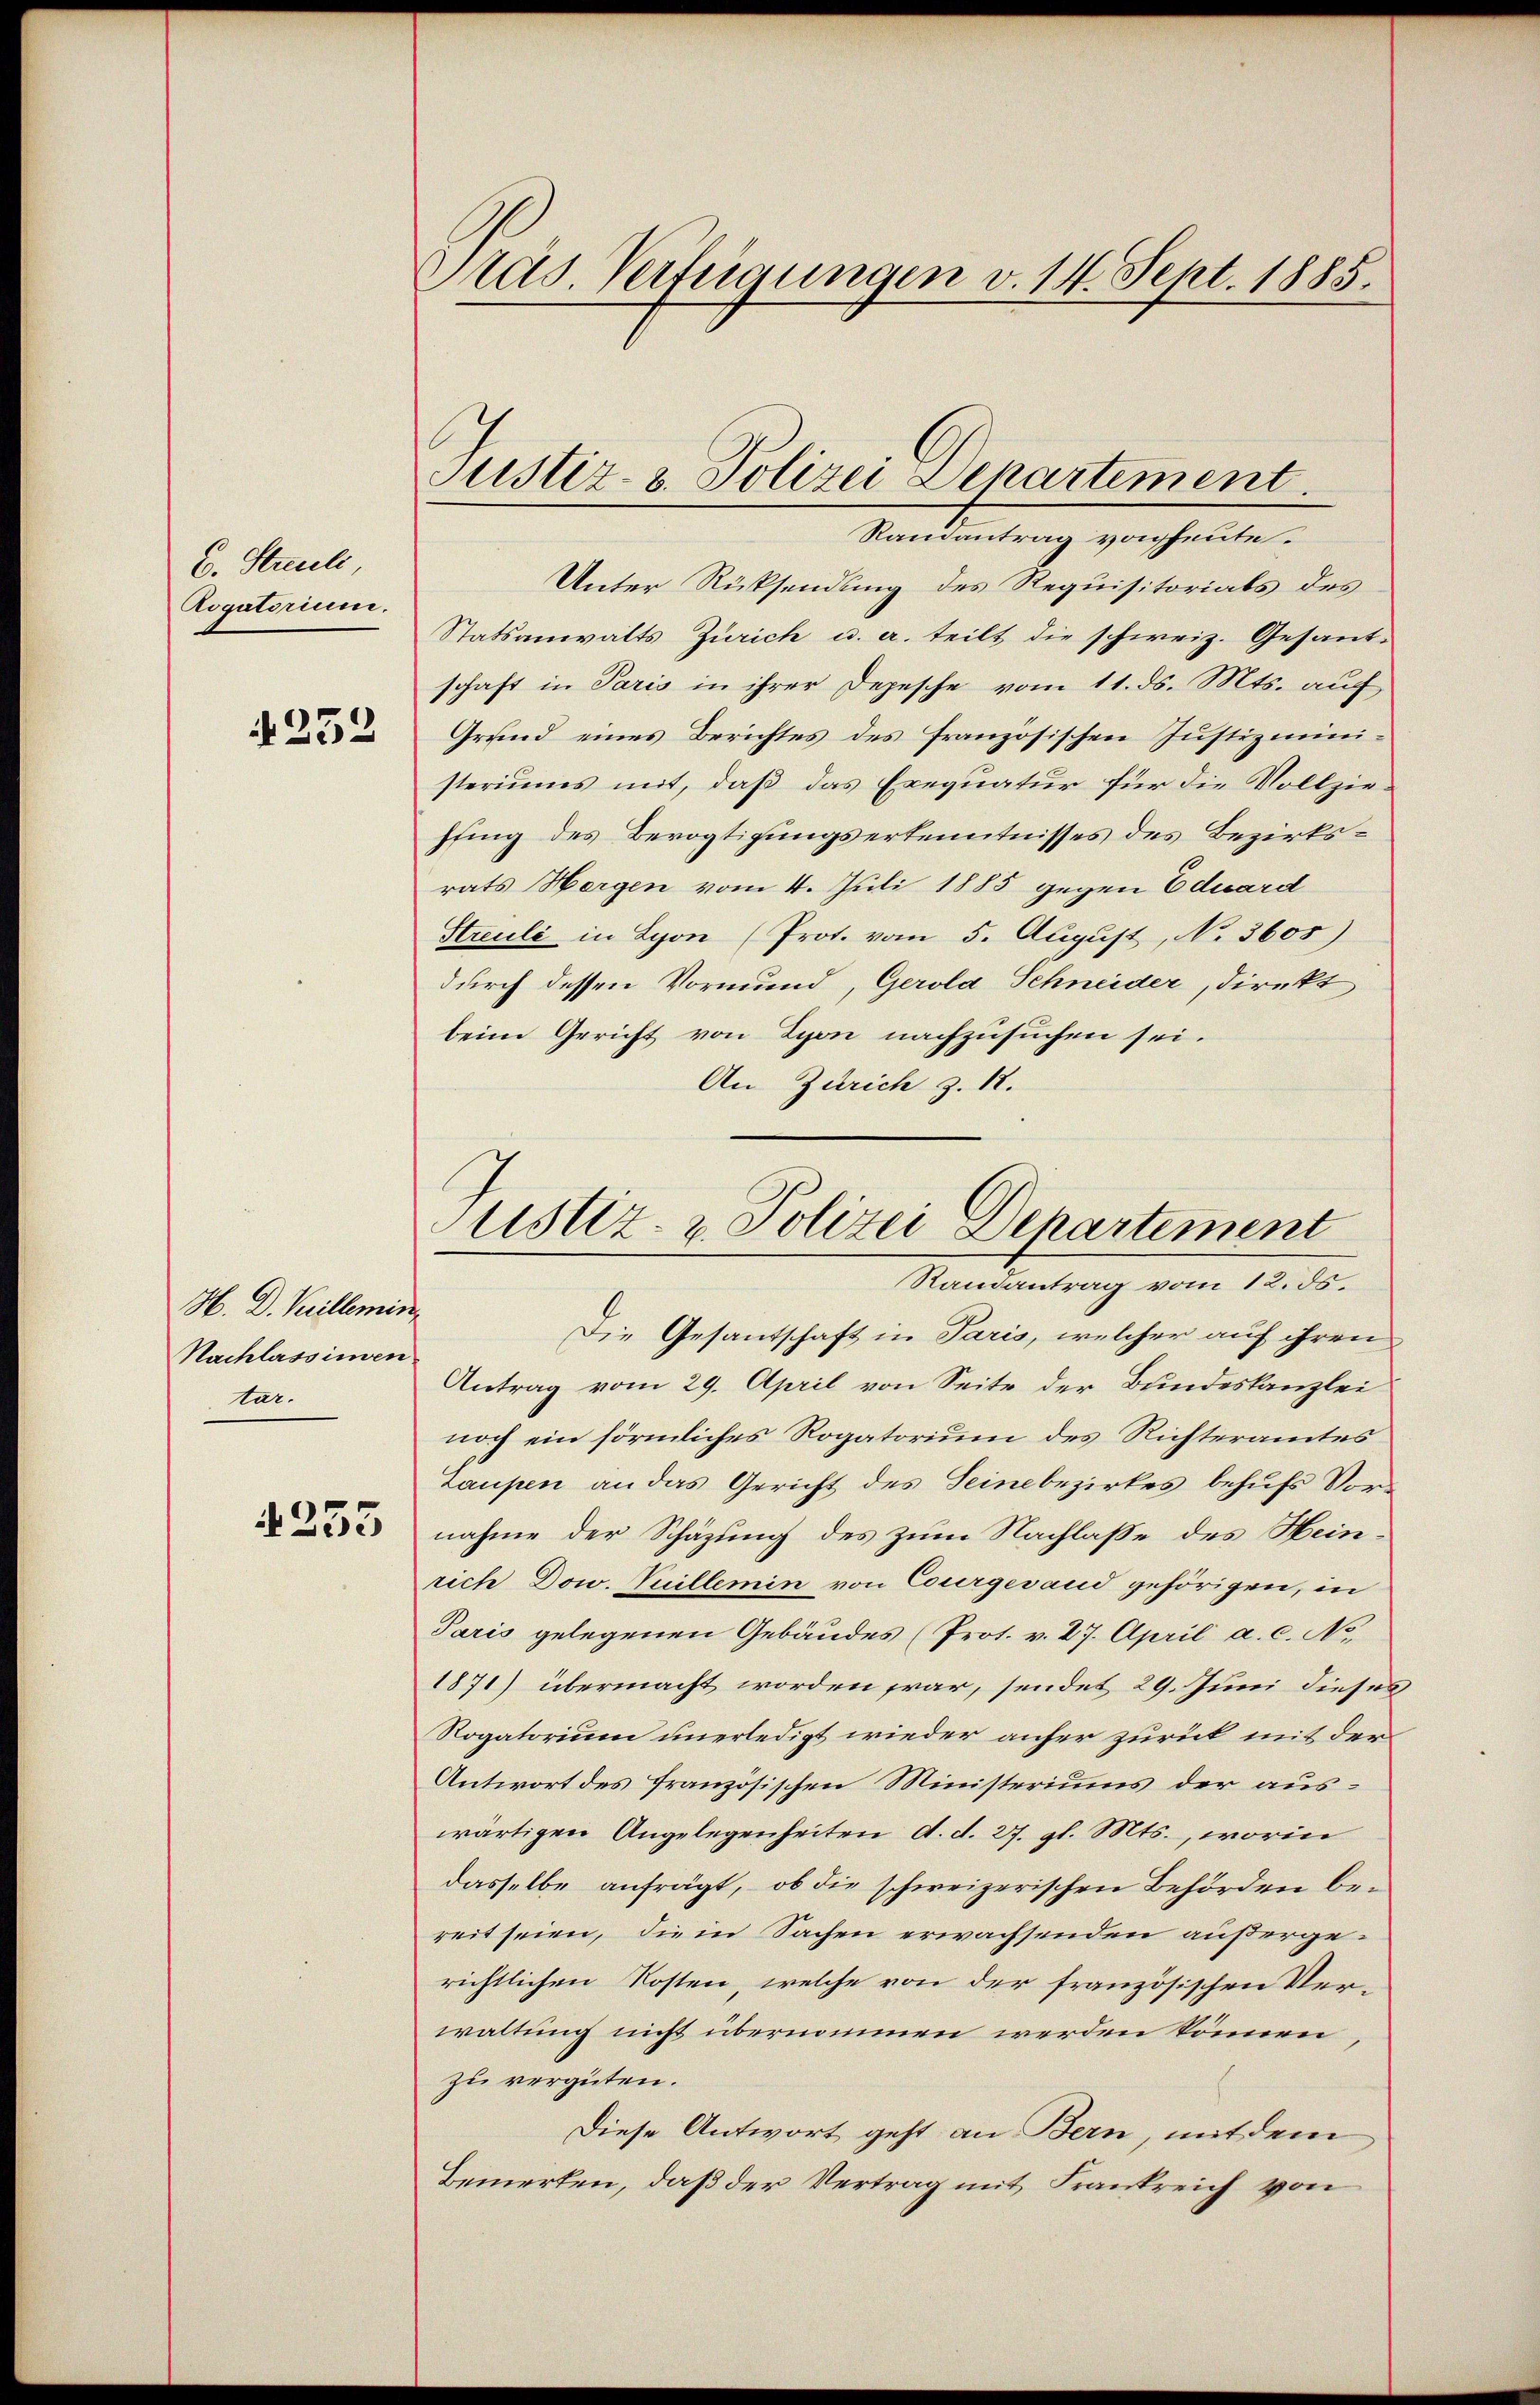
C. Streuli
Rogatorium.
4252

H. D. Keillemin
Nachlassinven
tar.

4235

Präs. Verfügungen v. 14. Sept. 1885.

Justiz- & Polizei Departement.

Randantrag von heute.
Unter Rücksendung des Requisitorials des
Statsanwalts Zürich u. a. teilt die schweiz. Gesandschaft in Paris in ihrer Depesche vom 11. ds. Mts. auf
Grund eines Berichtes des französischen Justizministeriums mit, daß das Exequatur für die Vollzieffing des Bevogtigungserkenntnisses des Bezirksrats Hergen vom 4. Juli 1885 gegen Eduard
Streule in Lyon (Prot. vom 5. August, No. 3605)
durch dessen Vormund, Gerold Schneider, direkt
beim Gericht von Lyon nachzusuchen sei.
An Zürich z. 12.

ustiz- & Polizei Departement
Randantrag vom 12. ds.
Die Gesantschaft in Paris, welcher auf ihren

Antrag vom 29. April von Seite der Bundeskanzlei
noch ein förmliches Rogatorium des Richteramtes
Laupen an das Gericht des Seinebezirkes behufs Vor-
nahme der Schäzung des zum Nachlasse des Heinrich Dow. Vuillemin von Courgesand gehörigen, in
Paris gelegenen Gebäudes (Prot. v. 27. April a. c. No.
1871) übermacht worden war, sendet 29. Juni dieses
Rogatorium unerledigt wieder anher zurück mit der
Antwort des französischen Ministeriums der auswärtigen Angelegenheiten d. d. 27. gl. Mts., worin
dasselbe anfrägt, ob die schweizerischen Behörden bereit seien, die in Sachen erwachsenden außergerichtlichen Kosten, welche von der französischen Verwaltung nicht übernommen werden können,
zu vergüten.
Diese Antwort geht an Bern, mit dem
Bemerken, daß der Vertrag mit Frankreich von